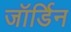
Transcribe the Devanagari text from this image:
जॉर्डिन